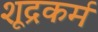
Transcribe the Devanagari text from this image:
शूद्रकर्म